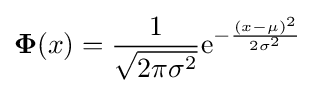
\mathbf {\Phi } (x)={\frac {1}{\sqrt {2\pi \sigma ^{2}}}}\mathrm {e} ^{-{\frac {(x-\mu )^{2}}{2\sigma ^{2}}}}